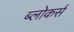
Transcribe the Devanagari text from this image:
ब्लोकर्स